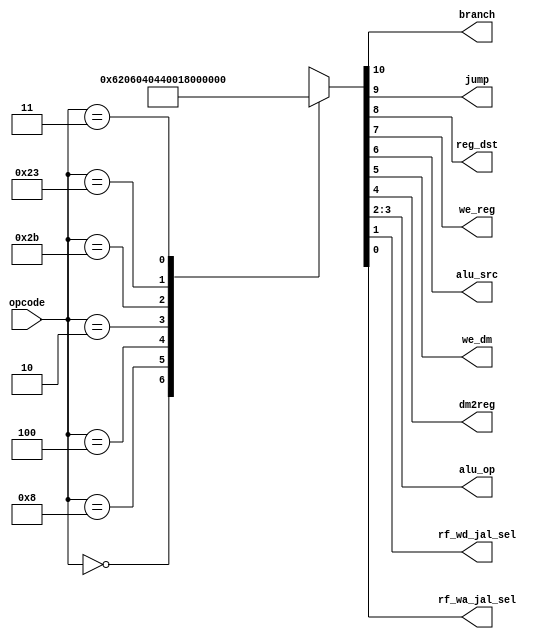
module maindec (
        input  wire [5:0] opcode,
        output wire       branch,
        output wire       jump,
        output wire       reg_dst,
        output wire       we_reg,
        output wire       alu_src,
        output wire       we_dm,
        output wire       dm2reg,
        output wire [1:0] alu_op,
        
        // New outputs
        output wire       rf_wd_jal_sel,
        output wire       rf_wa_jal_sel
    );

    reg [10:0] ctrl;

    assign {branch, jump, reg_dst, we_reg, alu_src, we_dm, dm2reg, alu_op, rf_wd_jal_sel, rf_wa_jal_sel} = ctrl;

    always @ (opcode) begin
        case (opcode)
            6'b00_0000: ctrl = 11'b0_0_1_1_0_0_0_10_0_0; // R-type
            6'b00_1000: ctrl = 11'b0_0_0_1_1_0_0_00_0_0; // ADDI
            6'b00_0100: ctrl = 11'b1_0_0_0_0_0_0_01_0_0; // BEQ
            6'b00_0010: ctrl = 11'b0_1_0_0_0_0_0_00_0_0; // J
            6'b10_1011: ctrl = 11'b0_0_0_0_1_1_0_00_0_0; // SW
            6'b10_0011: ctrl = 11'b0_0_0_1_1_0_1_00_0_0; // LW
            6'b00_0011: ctrl = 11'b0_1_0_1_0_0_0_00_1_1; // NEW: JAL            
            default:    ctrl = 11'bx_x_x_x_x_x_x_xx_x_x;
        endcase
    end

endmodule